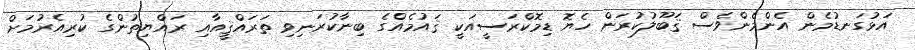
އަޅުގަނޑުމެން އެންމެންވެސް ޤަބޫލުކުރަން ހެޔޮ ޑިމޮކްރަސީއަކީ ޤައުމެއްގެ ބިނާކުރަނިވި ތަރައްޤީއާއި ރައްޔިތުންގެ ކުރިއެރުމަށް